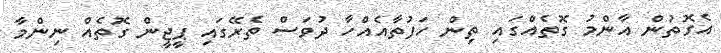
އެގޮތުން އާންމު ގޮތެއްގައި ތިން ހަފުތާއެއްހާ ދުވަސް ތެރޭގައި ޕީޖީން ގޮތެއް ނިންމާ